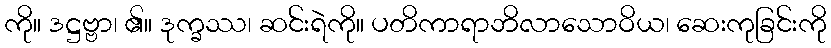
ကို။ ဒဋ္ဌဗ္ဗာ၊ ၏။ ဒုက္ခဿ၊ ဆင်းရဲကို။ ပတိကာရာဘိလာသောဝိယ၊ ဆေးကုခြင်းကို